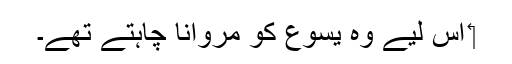
‏ اِس لیے وہ یسوع کو مروانا چاہتے تھے۔